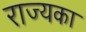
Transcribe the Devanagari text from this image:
राज्यका